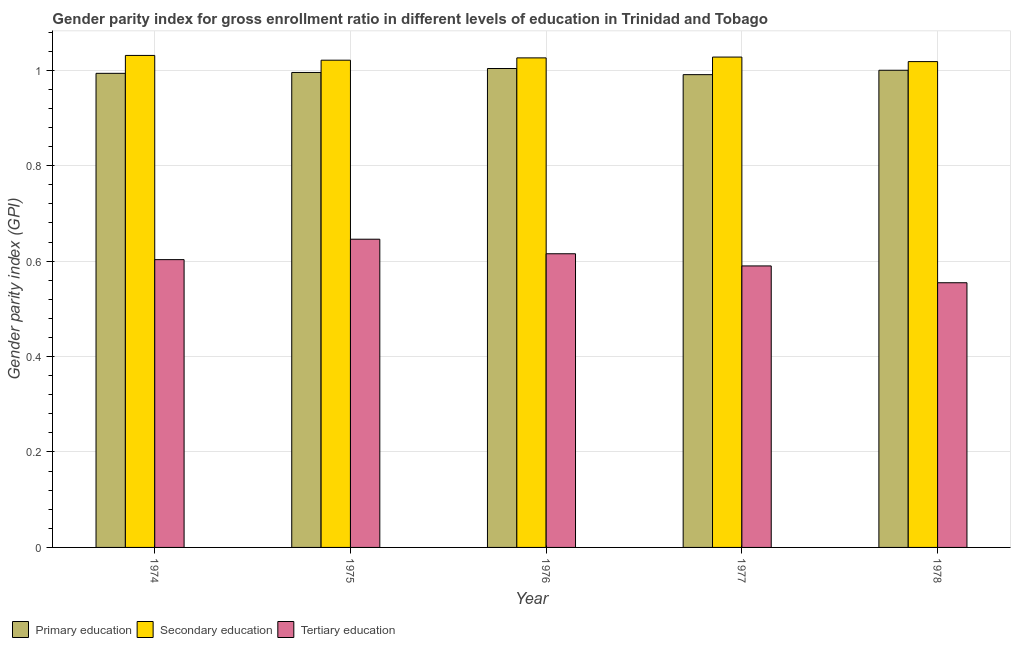
| Year | Primary education | Secondary education | Tertiary education |
 | --- | --- | --- | --- |
 | 1974 | 0.993 | 1.03 | 0.603 |
 | 1975 | 0.995 | 1.02 | 0.646 |
 | 1976 | 1 | 1.03 | 0.615 |
 | 1977 | 0.991 | 1.03 | 0.59 |
 | 1978 | 1 | 1.02 | 0.555 |